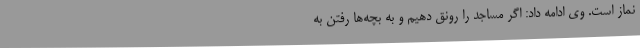
نماز است. وی ادامه داد: اگر مساجد را رونق دهیم و به بچه‌ها رفتن به